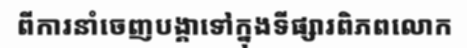
ពីការនាំចេញបង្គាទៅក្នុងទីផ្សារពិភពលោក